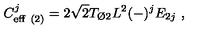
C _ { \mathrm { e f f } \ ( 2 ) } ^ { j } = 2 \sqrt { 2 } T _ { { \O } 2 } L ^ { 2 } ( - ) ^ { j } E _ { 2 j } \ ,